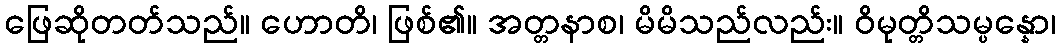
ဖြေဆိုတတ်သည်။ ဟောတိ၊ ဖြစ်၏။ အတ္တနာစ၊ မိမိသည်လည်း။ ဝိမုတ္တိသမ္ပန္နော၊